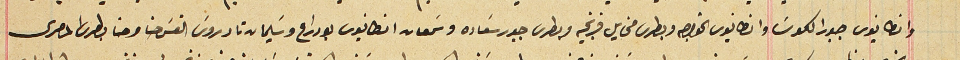
وانطانوس جبور الكوسَا وانطانيوس الخواجه وبطرس مخايل فرنجيه وبطرس جبور سَعاده وسَمعان انطانيوس بو دراع وسَليمان تادروسَ القسَ حنا وحنا بطرس المصرى